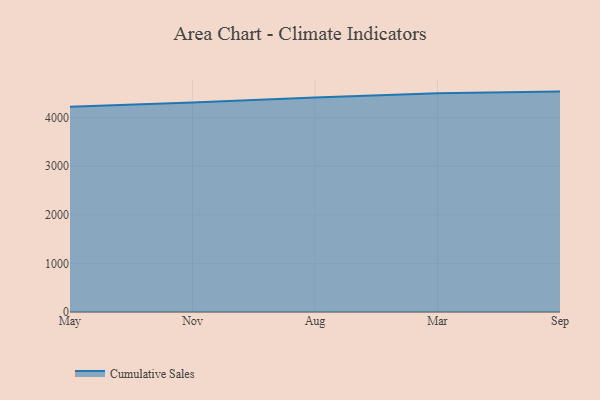
{"axis": {"x": "Month", "y": "Backlog"}, "legend": ["Cumulative Sales"], "data": [{"x": "May", "y": 4224.5, "type": "Cumulative Sales"}, {"x": "Nov", "y": 4311.1, "type": "Cumulative Sales"}, {"x": "Aug", "y": 4414.0, "type": "Cumulative Sales"}, {"x": "Mar", "y": 4504.2, "type": "Cumulative Sales"}, {"x": "Sep", "y": 4535.9, "type": "Cumulative Sales"}]}